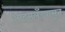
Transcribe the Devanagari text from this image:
आइसलँडपासून